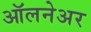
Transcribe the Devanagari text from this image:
ऑलनेअर